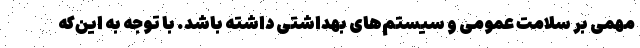
مهمی بر سلامت عمومی و سیستم‌های بهداشتی داشته باشد. با توجه به این‌که